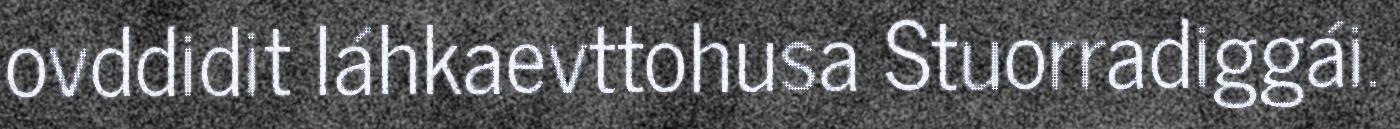
ovddidit láhkaevttohusa Stuorradiggái.